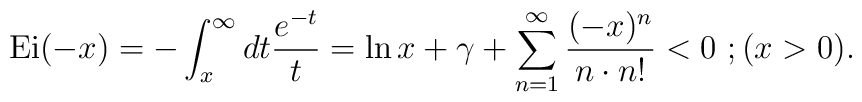
\mbox{Ei}(-x)=-\int^{\infty}_{x}dt\frac{e^{-t}}{t}     =\ln x+\gamma+\sum^{\infty}_{n=1}        \frac{(-x)^{n}}{n\cdot n!} < 0\ ;      (x > 0).